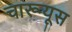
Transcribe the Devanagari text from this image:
चारूयूस